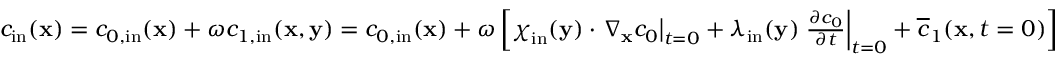
\begin{array} { r } { c _ { \tiny \mathrm { i n } } ( \textbf x ) = c _ { 0 , \tiny \mathrm { i n } } ( \textbf x ) + \omega c _ { 1 , \tiny \mathrm { i n } } ( \textbf x , \mathbf y ) = c _ { 0 , \tiny \mathrm { i n } } ( \textbf x ) + \omega \left[ \boldsymbol \chi _ { \tiny \mathrm { i n } } ( \mathbf y ) \cdot \left. \nabla _ { \mathbf x } c _ { 0 } \right| _ { t = 0 } + \lambda _ { \tiny \mathrm { i n } } ( \mathbf y ) \left. \frac { \partial c _ { 0 } } { \partial t } \right| _ { t = 0 } + \overline { c } _ { 1 } ( \mathbf x , t = 0 ) \right] } \end{array}